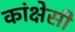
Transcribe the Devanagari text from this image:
कांक्षेसी